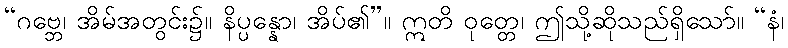
“ဂဗ္ဘေ၊ အိမ်အတွင်း၌။ နိပ္ပန္နော၊ အိပ်၏”။ ဣတိ ဝုတ္တေ၊ ဤသို့ဆိုသည်ရှိသော်။ “နံ၊